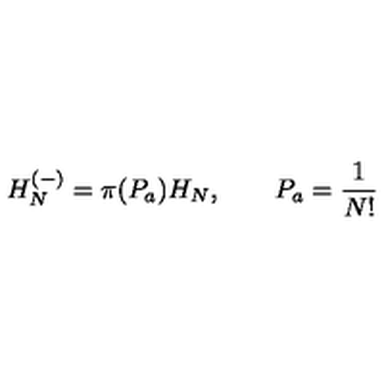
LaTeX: H _ { N } ^ { \left( - \right) } = \pi ( P _ { a } ) H _ { N } , \qquad P _ { a } = \frac { 1 } { N ! }